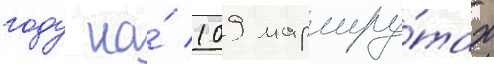
году на́ 109 маршру́тах